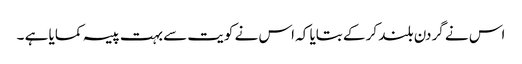
اس نے گردن بلند کر کے بتایا کہ اس نے کویت سے بہت پیسہ کمایا ہے ۔